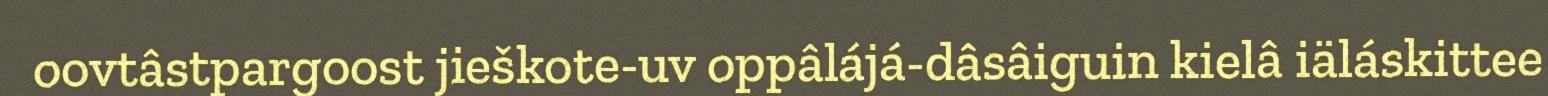
oovtâstpargoost jieškote-uv oppâlájá-dâsâiguin kielâ iäláskittee